Report on enteric fever
Disease focus: Fever
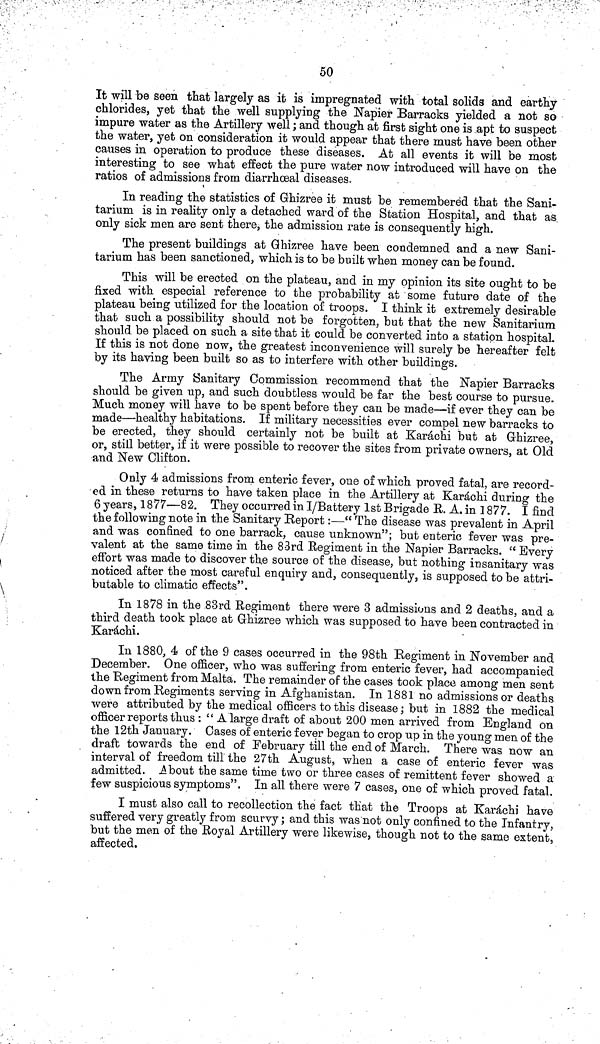
50
It will be seen that largely as it is impregnated with total solids and earthy
chlorides, yet that the well supplying the Napier Barracks yielded a not so
impure water as the Artillery well; and though at first sight one is apt to suspect
the water, yet on consideration it would appear that there must have been other
causes in operation to produce these diseases. At all events it will be most
interesting to see what effect the pure water now introduced will have on the
ratios of admissions from diarrhœal diseases.
In reading the statistics of Ghizree it must be remembered that the Sani-
tarium is in reality only a detached ward of the Station Hospital, and that as
only sick men are sent there, the admission rate is consequently high.
The present buildings at Ghizree have been condemned and a new Sani-
tarium has been sanctioned, which is to be built when money can be found.
This will be erected on the plateau, and in my opinion its site ought to be
fixed with especial reference to the probability at some future date of the
plateau being utilized for the location of troops. I think it extremely desirable
that such a possibility should not be forgotten, but that the new Sanitarium
should be placed on such a site that it could be converted into a station hospital.
If this is not done now, the greatest inconvenience will surely be hereafter felt
by its having been built so as to interfere with other buildings.
The Army Sanitary Commission recommend that the Napier Barracks
should be given up, and such doubtless would be far the best course to pursue.
Much money will have to be spent before they can be made—if ever they can be
made—healthy habitations. If military necessities ever compel new barracks to
be erected, they should certainly not be built at Karáchi but at Ghizree,
or, still better, if it were possible to recover the sites from private owners, at Old
and New Clifton.
Only 4 admissions from enteric fever, one of which proved fatal, are record-
ed in these returns to have taken place in the Artillery at Karáchi during the
6 years, 1877—82. They occurred in I/Battery 1st Brigade R. A. in 1877. I find
the following note in the Sanitary Report:—" The disease was prevalent in April
and was confined to one barrack, cause unknown"; but enteric fever was pre-
valent at the same time in the 83rd Regiment in the Napier Barracks. " Every
effort was made to discover the source of the disease, but nothing insanitary was
noticed after the most careful enquiry and, consequently, is supposed to be attri-
butable to climatic effects".
In 1878 in the 83rd Regiment there were 3 admissions and 2 deaths, and a
third death took place at Ghizree which was supposed to have been contracted in
Karáchi.
In 1880, 4 of the 9 cases occurred in the 98th Regiment in November and
December. One officer, who was suffering from enteric fever, had accompanied
the Regiment from Malta. The remainder of the cases took place among men sent
down from Regiments serving in Afghanistan. In 1881 no admissions or deaths
were attributed by the medical officers to this disease; but in 1882 the medical
officer reports thus : "A large draft of about 200 men arrived from England on
the 12th January. Cases of enteric fever began to crop up in the young men of the
draft towards the end of February till the end of March. There was now an
interval of freedom till the 27th August, when a case of enteric fever was
admitted. About the same time two or three cases of remittent fever showed a
few suspicious symptoms". In all there were 7 cases, one of which proved fatal.
I must also call to recollection the fact that the Troops at Karáchi have
suffered very greatly from scurvy; and this was not only confined to the Infantry,
but the men of the Royal Artillery were likewise, though not to the same extent,
affected.